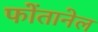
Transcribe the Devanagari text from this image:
फोंतानेल